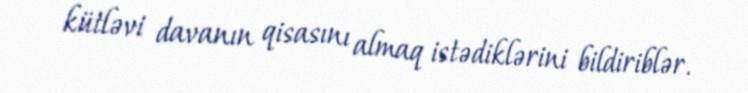
kütləvi davanın qisasını almaq istədiklərini bildiriblər.